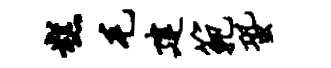
糕毛建范蛩